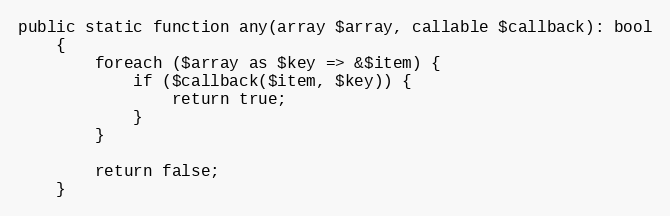
Language: PHP
public static function any(array $array, callable $callback): bool
    {
        foreach ($array as $key => &$item) {
            if ($callback($item, $key)) {
                return true;
            }
        }

        return false;
    }